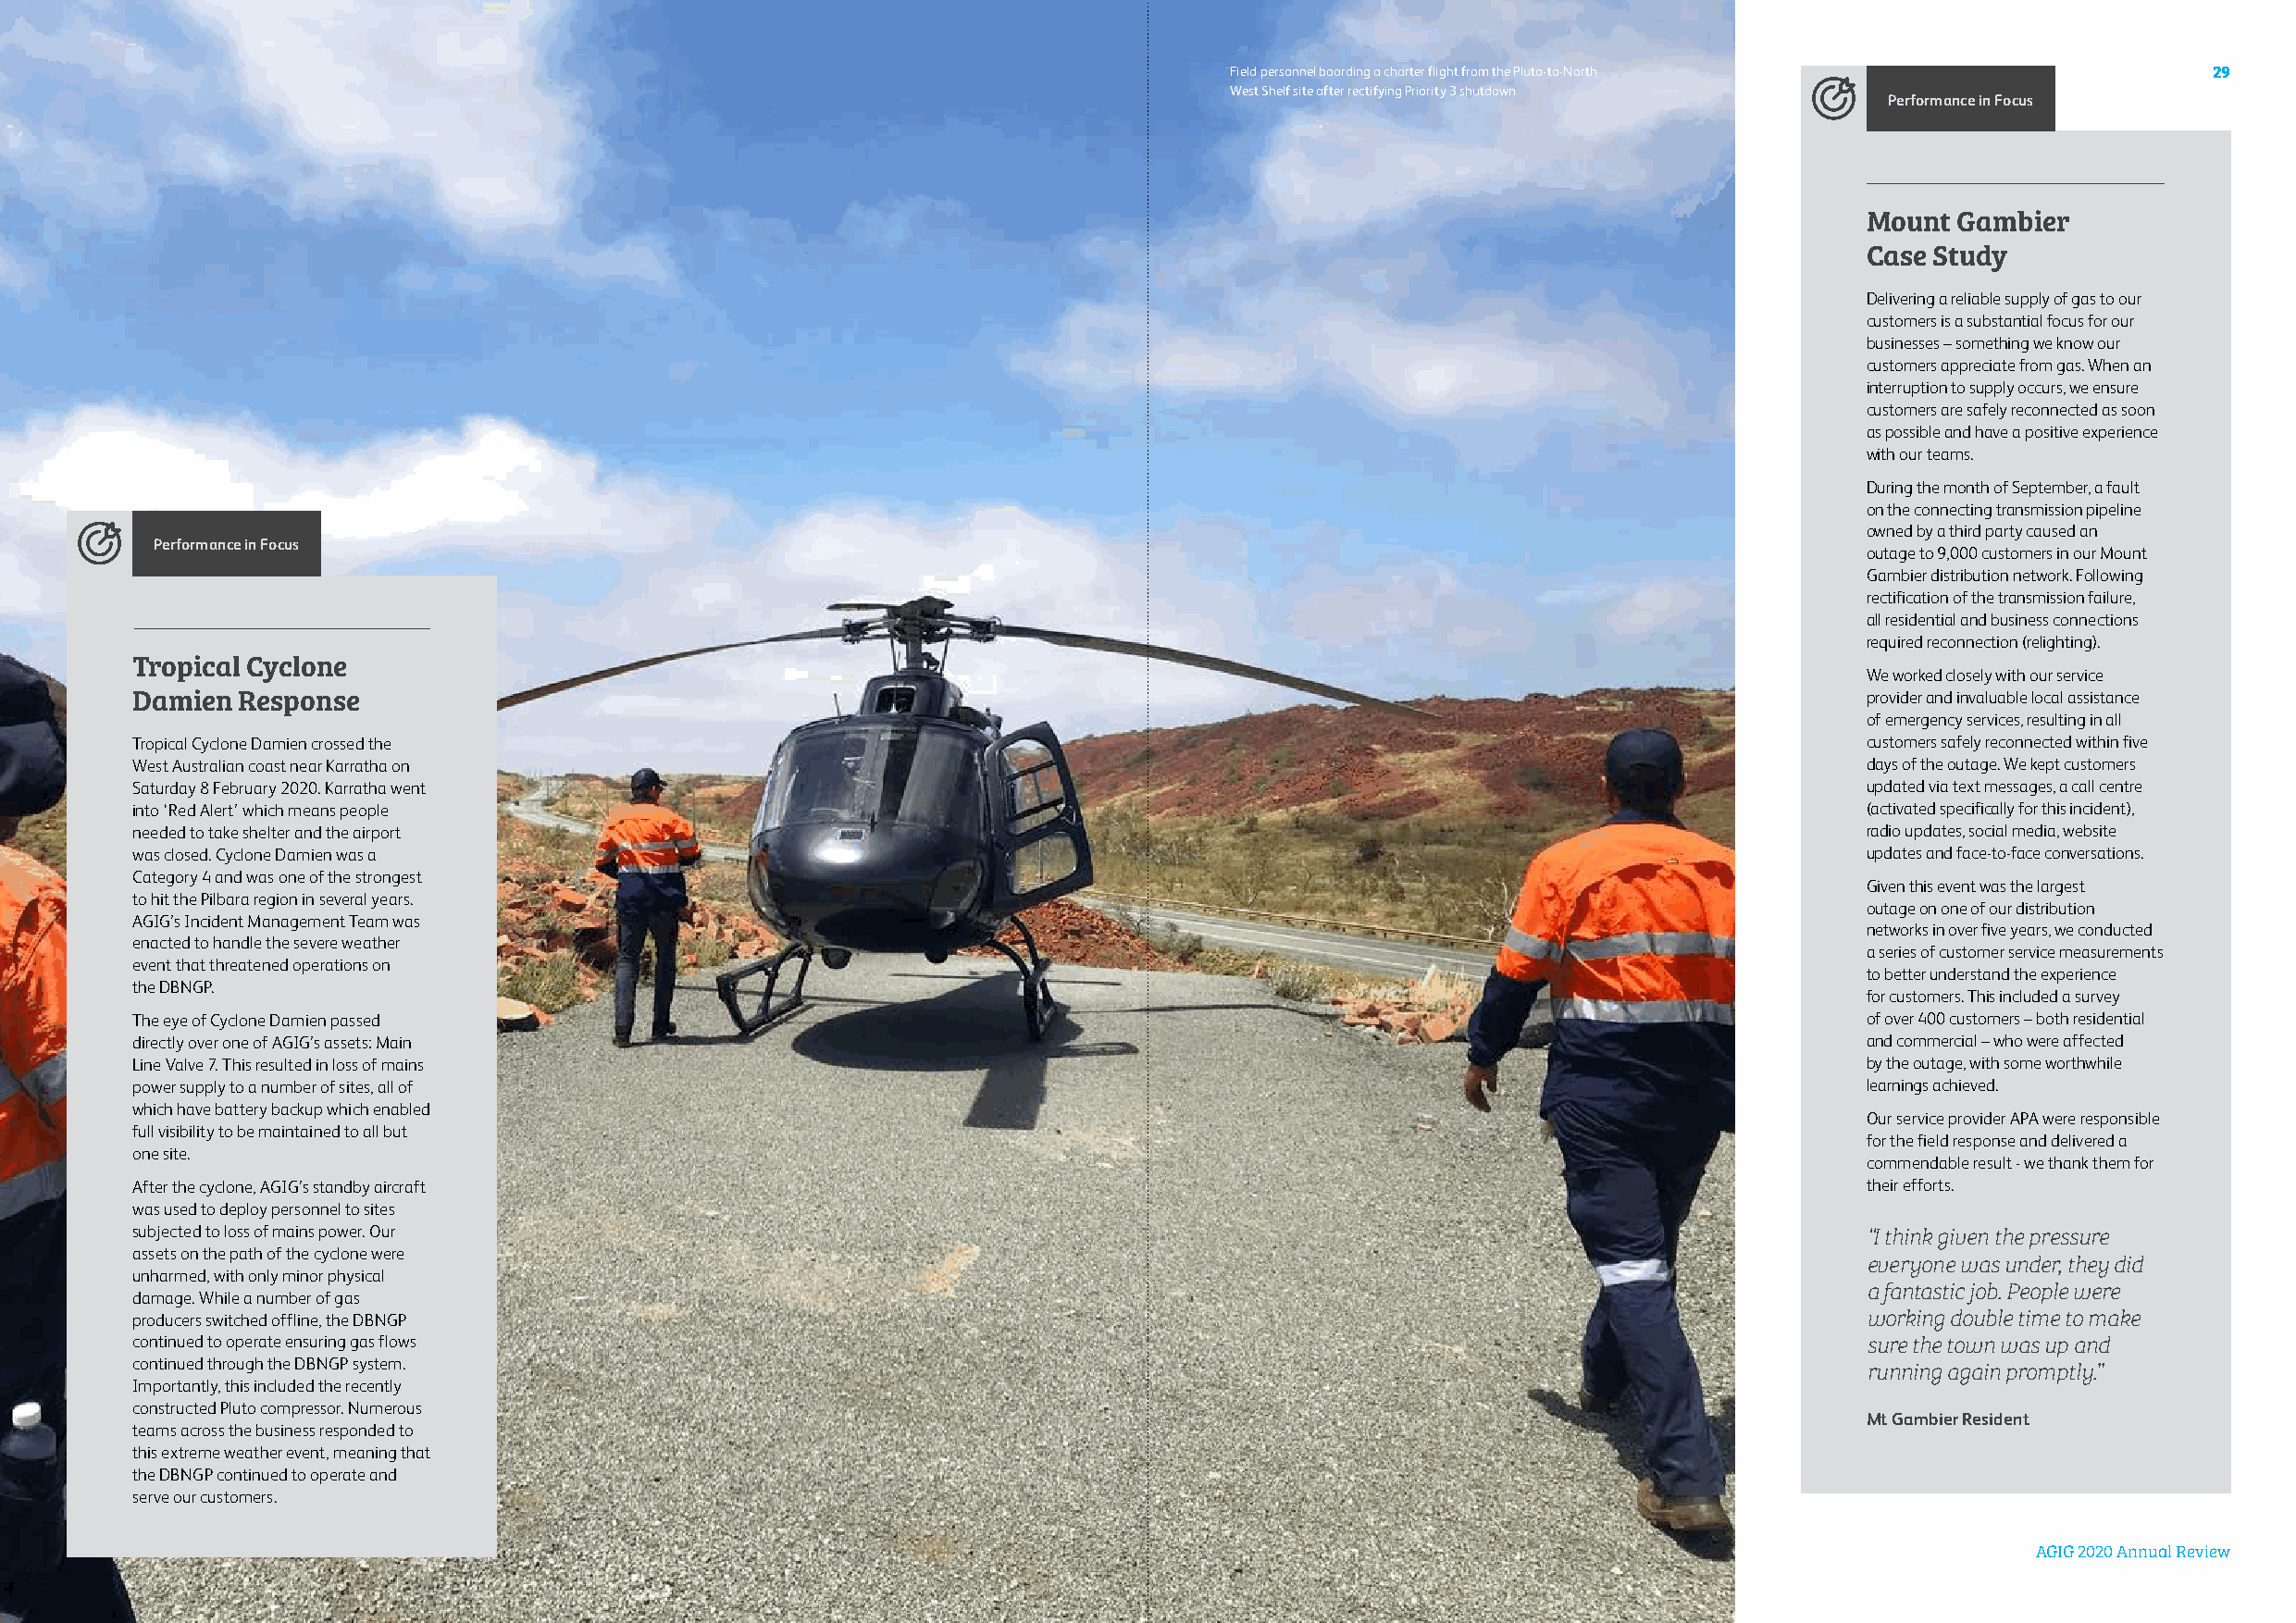
Field personnel boarding a charter flight from the Pluto-to-North     29
 West Shelf site after rectifying Priority 3 shutdown
 Performance in Focus
 Mount  Gambier
 Case Study
 Delivering a reliable supply of gas to our
 customers is a substantial focus for our
 businesses – something we know our
 customers appreciate from gas. When an
 interruption to supply occurs, we ensure
 customers are safely reconnected as soon
 as possible and have a positive experience
 with our teams.
 During the month of September, a fault
 on the connecting transmission pipeline
 owned by a third party caused an
 Performance in Focus
 outage to 9,000 customers in our Mount
 Gambier distribution network. Following
 rectification of the transmission failure,
 all residential and business connections
 required reconnection (relighting).
 Tropical Cyclone
 We worked closely with our service
 Damien  Response                                                                                                            provider and invaluable local assistance
 of emergency services, resulting in all
 Tropical Cyclone Damien crossed the                                                                                         customers safely reconnected within five
 West Australian coast near Karratha on                                                                                      days of the outage. We kept customers
 Saturday 8 February 2020. Karratha went                                                                                     updated via text messages, a call centre
 into ‘Red Alert’ which means people                                                                                         (activated specifically for this incident),
 needed to take shelter and the airport                                                                                      radio updates, social media, website
 was closed. Cyclone Damien was a                                                                                            updates and face-to-face conversations.
 Category 4 and was one of the strongest
 Given this event was the largest
 to hit the Pilbara region in several years.
 outage on one of our distribution
 AGIG’s Incident Management Team was
 networks in over five years, we conducted
 enacted to handle the severe weather
 a series of customer service measurements
 event that threatened operations on
 to better understand the experience
 the DBNGP.
 for customers. This included a survey
 The eye of Cyclone Damien passed                                                                                            of over 400 customers – both residential
 directly over one of AGIG’s assets: Main                                                                                    and commercial – who were affected
 Line Valve 7. This resulted in loss of mains                                                                                by the outage, with some worthwhile
 power supply to a number of sites, all of                                                                                   learnings achieved.
 which have battery backup which enabled
 Our service provider APA were responsible
 full visibility to be maintained to all but
 for the field response and delivered a
 one site.
 commendable result - we thank them for
 After the cyclone, AGIG’s standby aircraft                                                                                  their efforts.
 was used to deploy personnel to sites
 subjected to loss of mains power. Our                                                                                       “I think given the pressure
 assets on the path of the cyclone were
 everyone was under, they did
 unharmed, with only minor physical
 a fantastic job. People were
 damage. While a number of gas
 producers switched offline, the DBNGP                                                                                       working double time to make
 continued to operate ensuring gas flows                                                                                     sure the town was up and
 continued through the DBNGP system.
 running again promptly.”
 Importantly, this included the recently
 constructed Pluto compressor. Numerous
 Mt Gambier Resident
 teams across the business responded to
 this extreme weather event, meaning that
 the DBNGP continued to operate and
 serve our customers.
 AGIG 2020 Annual Review